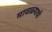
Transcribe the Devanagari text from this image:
मावळ्याची